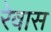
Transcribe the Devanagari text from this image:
रेवास